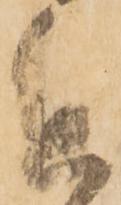
進